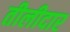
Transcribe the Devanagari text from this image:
तीलीदार